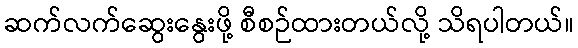
ဆက်လက်ဆွေးနွေးဖို့ စီစဉ်ထားတယ်လို့ သိရပါတယ်။